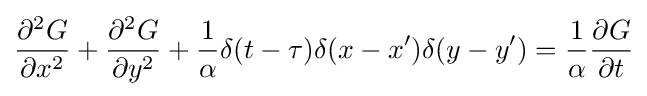
{\frac {\partial ^{2}G}{\partial x^{2}}}+{\frac {\partial ^{2}G}{\partial y^{2}}}+{\frac {1}{\alpha }}\delta (t-\tau )\delta (x-x')\delta (y-y')={\frac {1}{\alpha }}{\frac {\partial G}{\partial t}}